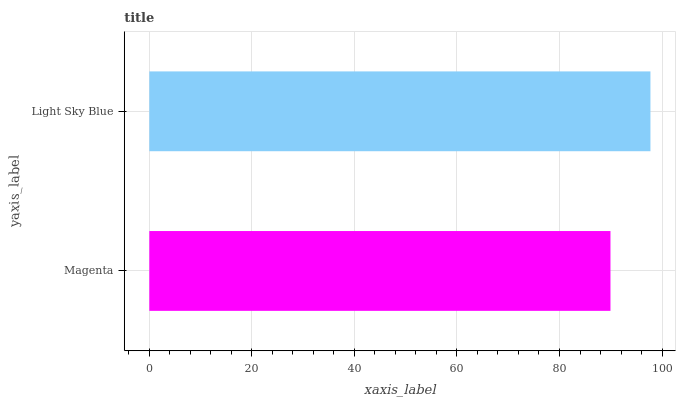
| yaxis_label | bars |
 | --- | --- |
 | Magenta | 89.9 |
 | Light Sky Blue | 97.7 |